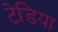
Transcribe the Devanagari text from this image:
टेडिया